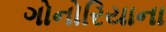
ગોનોરિયાના